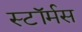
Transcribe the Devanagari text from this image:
स्टॉर्मस